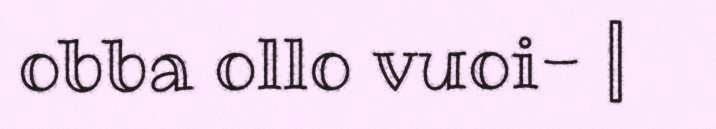
obba ollo vuoi- |